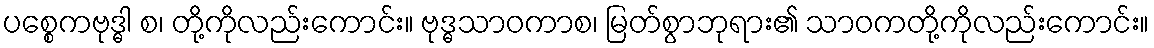
ပစ္စေကဗုဒ္ဓါ စ၊ တို့ကိုလည်းကောင်း။ ဗုဒ္ဓသာဝကာစ၊ မြတ်စွာဘုရား၏ သာဝကတို့ကိုလည်းကောင်း။